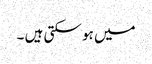
میں ہو سکتی ہیں ۔